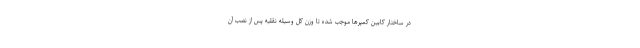
در ساختار کابین کمپرها موجب شده تا وزن کل وسیله نقلیه پس از نصب آن